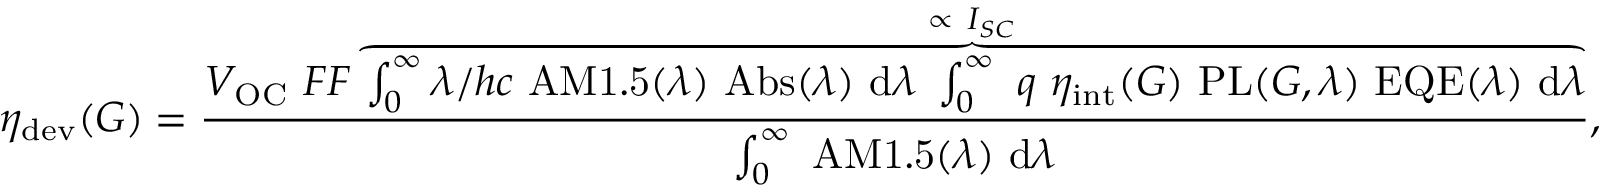
\eta _ { \mathrm { d e v } } ( G ) = \frac { V _ { \mathrm { O C } } \ F F \overbrace { \int _ { 0 } ^ { \infty } \lambda / h c \ \mathrm { A M 1 . 5 } ( \lambda ) \ \mathrm { A b s } ( \lambda ) \ \mathrm { d } \lambda \ \int _ { 0 } ^ { \infty } \ q \ \eta _ { \mathrm { i n t } } ( G ) \ \mathrm { P L } ( G , \lambda ) \ \mathrm { E Q E } ( \lambda ) \ \mathrm { d } \lambda } ^ { \propto \ I _ { S C } } } { \int _ { 0 } ^ { \infty } \ \mathrm { A M 1 . 5 } ( \lambda ) \ \mathrm { d } \lambda } ,